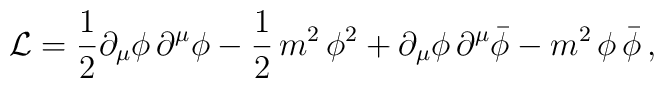
{\cal L} = \frac{1}{2}{\partial}_{\mu} \phi\, {\partial}^{\mu} \phi- \frac{1}{2}\,m^2\, \phi^2 + {\partial}_{\mu} \phi\, {\partial}^{\mu} {\bar\phi}- m^2\,\phi\,{\bar\phi}  \, ,